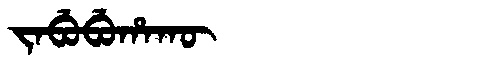
Manchu: ᠵᠠᠪᡠᠪᡠᡥᠠᡴᡡ
Romanization: JABUBUHAKŪ